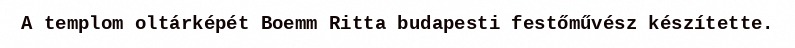
A templom oltárképét Boemm Ritta budapesti festőművész készítette.